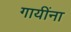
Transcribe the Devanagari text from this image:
गायींना